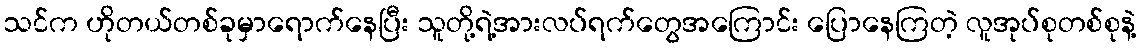
သင်က ဟိုတယ်တစ်ခုမှာရောက်နေပြီး သူတို့ရဲ့အားလပ်ရက်တွေအကြောင်း ပြောနေကြတဲ့ လူအုပ်စုတစ်စုနဲ့